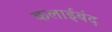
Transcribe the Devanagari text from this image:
कलाईबंद